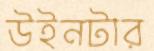
উইনটার